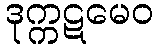
ဒုက္ကဋမေဝ